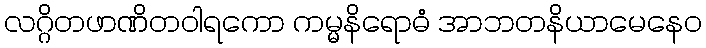
လဂ္ဂိတဖာဏိတဝါရကော ကမ္မနိရောဓံ အာဘတနိယာမေနေဝ